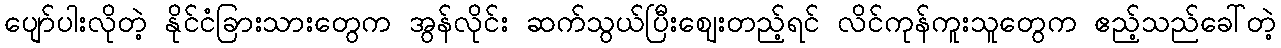
ပျော်ပါးလိုတဲ့ နိုင်ငံခြားသားတွေက အွန်လိုင်း ဆက်သွယ်ပြီးဈေးတည့်ရင် လိင်ကုန်ကူးသူတွေက ဧည့်သည်ခေါ်တဲ့